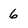
Character: 6